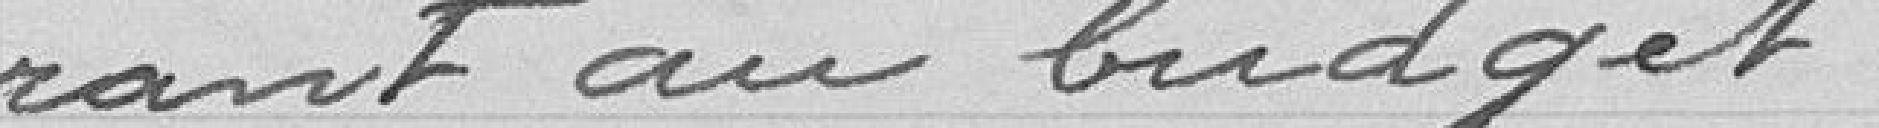
rant au budget .